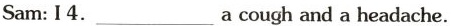
Sam: I 4. ___ a cough and a headache.